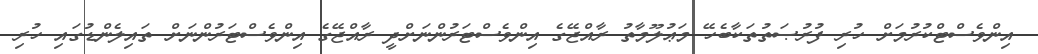
އިންވެސްޓްކުރުމަށް ހުރި ފުރުޞަތުތަކާބެހޭ މަޢުލޫމާތު ރާއްޖޭގެ އިންވެސްޓަރުންނަށްދީ ރާއްޖޭގެ އިންވެސްޓަރުންނަށް ތައިލެންޑުގައި ހުރި